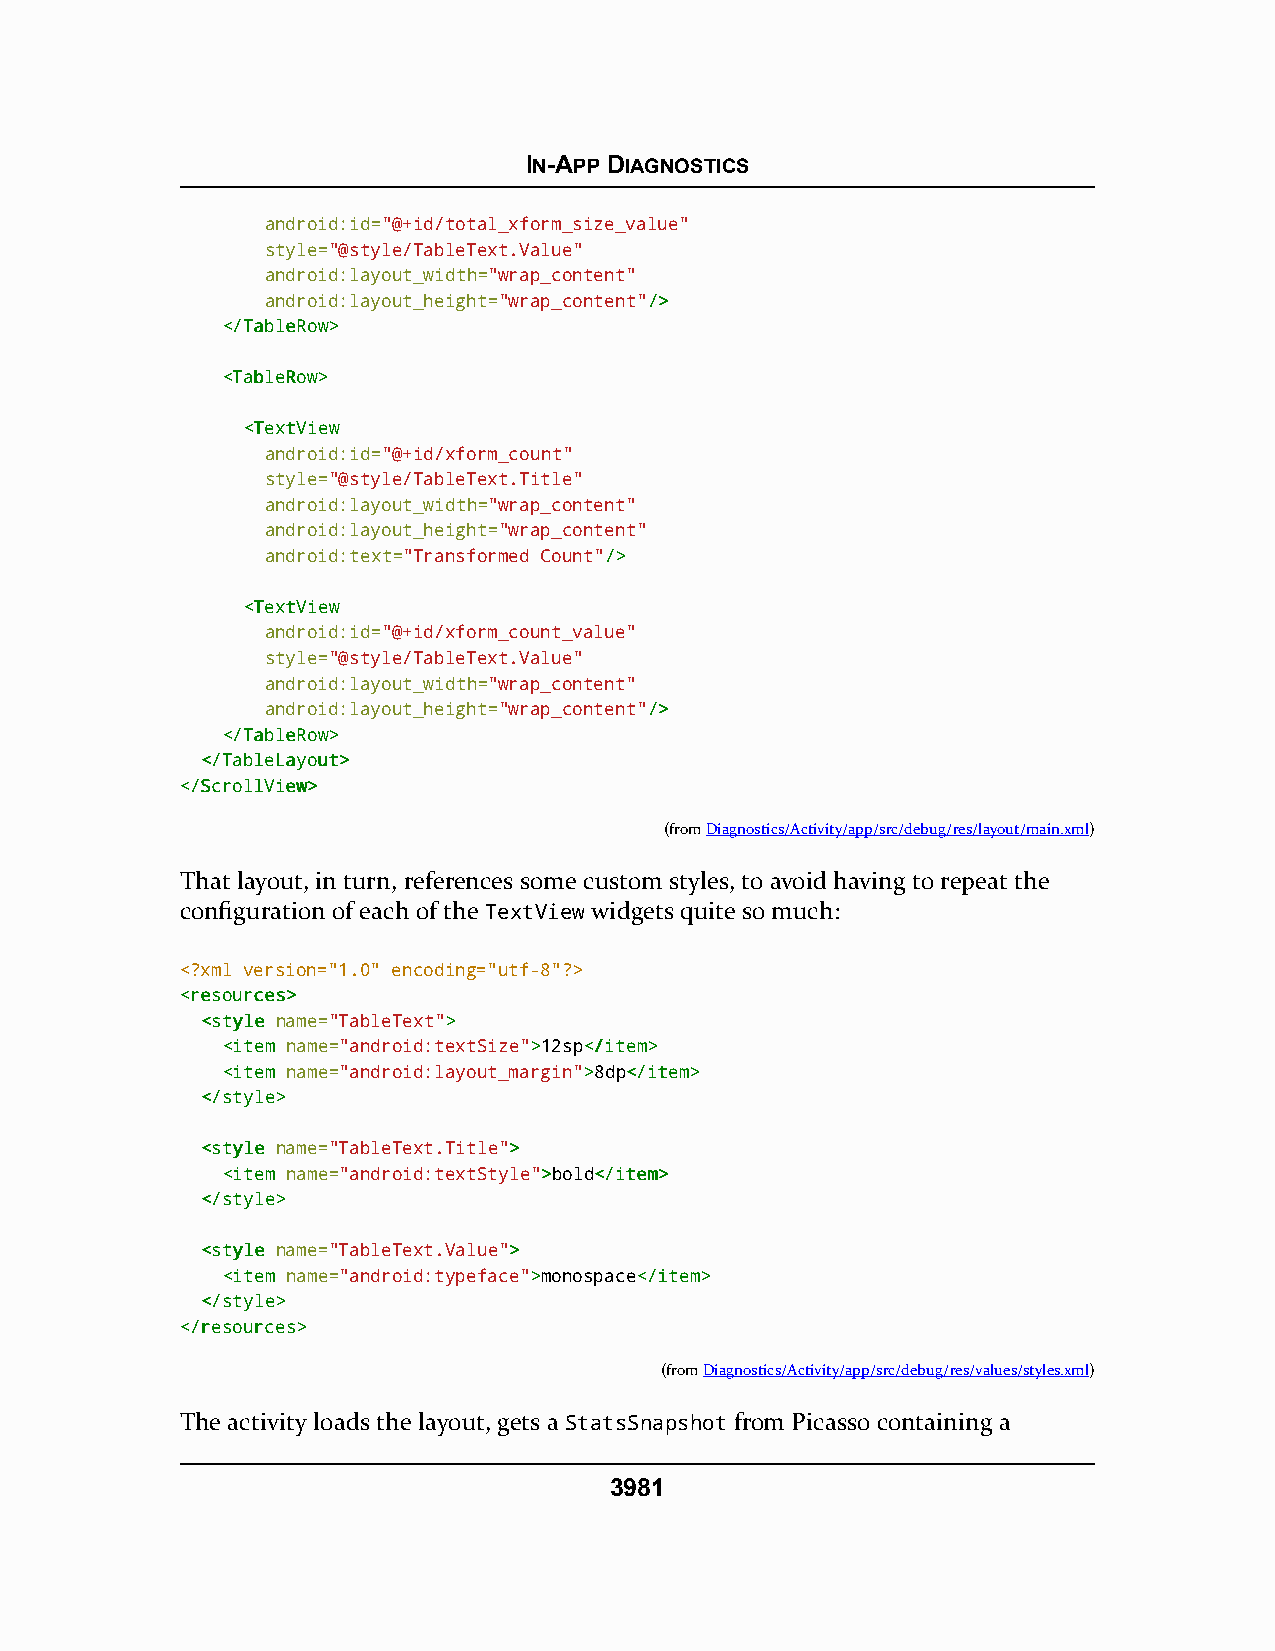
IN-APP DIAGNOSTICS
 android:id="@+id/total_xform_size_value"
 style="@style/TableText.Value"
 android:layout_width="wrap_content"
 android:layout_height="wrap_content"//>>
 <<//TTaabblleeRRooww>>
 <<TTaabblleeRRooww>>
 <<TTeexxttVViieeww
 android:id="@+id/xform_count"
 style="@style/TableText.Title"
 android:layout_width="wrap_content"
 android:layout_height="wrap_content"
 android:text="Transformed Count"//>>
 <<TTeexxttVViieeww
 android:id="@+id/xform_count_value"
 style="@style/TableText.Value"
 android:layout_width="wrap_content"
 android:layout_height="wrap_content"//>>
 <<//TTaabblleeRRooww>>
 <<//TTaabblleeLLaayyoouutt>>
 <<//SSccrroollllVViieeww>>
 (fromDiagnostics/Activity/app/src/debug/res/layout/main.xml)
 That layout, in turn, references some custom styles, to avoid having to repeat the
 configuration of each of the TextView widgets quite so much:
 <?xml version="1.0" encoding="utf-8"?>
 <<rreessoouurrcceess>>
 <<ssttyyllee name="TableText">>
 <<iitteemm name="android:textSize">>12sp<<//iitteemm>>
 <<iitteemm name="android:layout_margin">>8dp<<//iitteemm>>
 <<//ssttyyllee>>
 <<ssttyyllee name="TableText.Title">>
 <<iitteemm name="android:textStyle">>bold<<//iitteemm>>
 <<//ssttyyllee>>
 <<ssttyyllee name="TableText.Value">>
 <<iitteemm name="android:typeface">>monospace<<//iitteemm>>
 <<//ssttyyllee>>
 <<//rreessoouurrcceess>>
 (fromDiagnostics/Activity/app/src/debug/res/values/styles.xml)
 The activity loads the layout, gets a StatsSnapshot from Picasso containing a
 3981